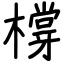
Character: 橕